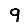
Digit: 9